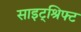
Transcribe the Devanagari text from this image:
साइट्श्रिफ्ट